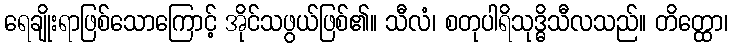
ရေချိုးရာဖြစ်သောကြောင့် အိုင်သဖွယ်ဖြစ်၏။ သီလံ၊ စတုပါရိသုဒ္ဓိသီလသည်။ တိတ္ထော၊